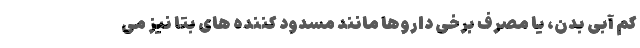
کم آبی بدن، یا مصرف برخی داروها مانند مسدود کننده های بتا نیز می